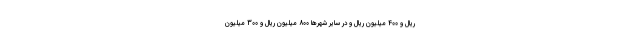
ریال و 400 میلیون ریال و در سایر شهرها 800 میلیون ریال و 300 میلیون